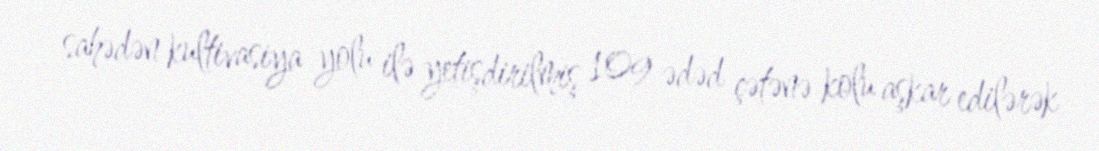
sahədən kultivasiya yolu ilə yetişdirilmiş 109 ədəd çətənə kolu aşkar edilərək